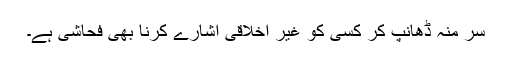
سر منہ ڈھانپ کر کسی کو غیر اخلاقی اشارے کرنا بھی فحاشی ہے۔